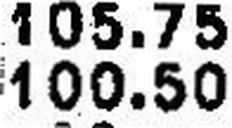
100.50